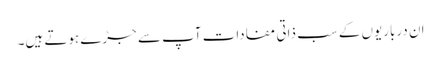
ان درباریوں کے سب ذاتی مفادات آپ سے جڑے ہوتے ہیں۔